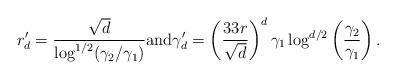
LaTeX: \begin{align*} r'_d = \frac{\sqrt{d}}{\log^{1/2}(\gamma_2/\gamma_1)} \mbox{and} \gamma'_d = \left(\frac{33 r}{\sqrt{d}}\right)^d \gamma_1 \log^{d/2}\left(\frac{\gamma_2}{\gamma_1}\right). \end{align*}